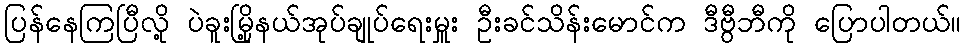
ပြန်နေကြပြီလို့ ပဲခူးမြို့နယ်အုပ်ချုပ်ရေးမှူး ဦးခင်သိန်းမောင်က ဒီဗွီဘီကို ပြောပါတယ်။